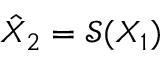
\hat { X } _ { 2 } = \mathcal { S } ( X _ { 1 } )